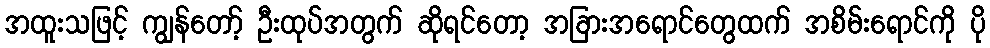
အထူးသဖြင့် ကျွန်တော့် ဦးထုပ်အတွက် ဆိုရင်တော့ အခြားအရောင်တွေထက် အစိမ်းရောင်ကို ပို